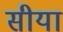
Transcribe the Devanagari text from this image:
सीया